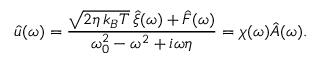
\hat { u } ( \omega ) = \frac { \sqrt { 2 \eta \, k _ { B } T } \, \hat { \xi } ( \omega ) + \hat { F } ( \omega ) } { \omega _ { 0 } ^ { 2 } - \omega ^ { 2 } + i \omega \eta } = \chi ( \omega ) \hat { A } ( \omega ) .